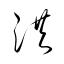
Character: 洪